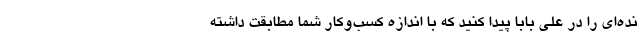
نده‌ای را در علی بابا پیدا کنید که با اندازه کسب‌وکار شما مطابقت داشته